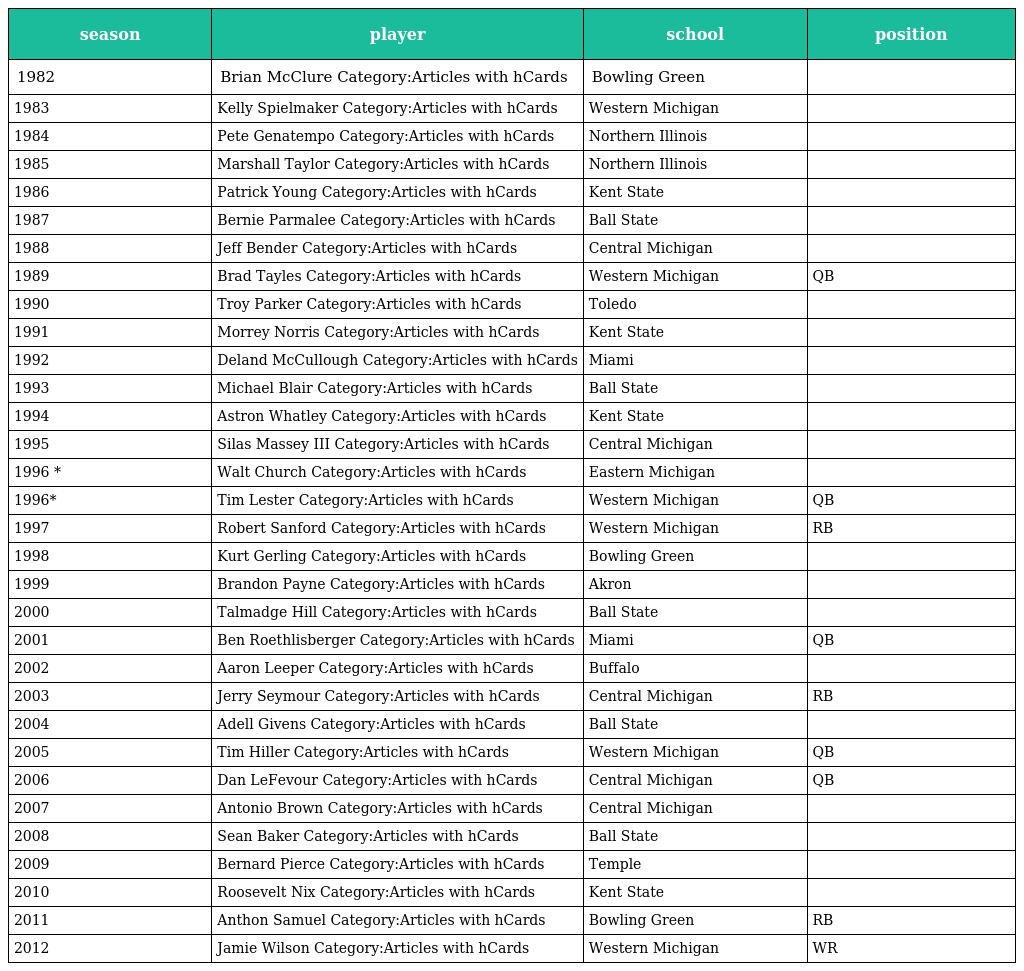
| season | player | school | position |
 | --- | --- | --- | --- |
 | 1982 | Brian McClure Category:Articles with hCards | Bowling Green |  |
 | 1983 | Kelly Spielmaker Category:Articles with hCards | Western Michigan |  |
 | 1984 | Pete Genatempo Category:Articles with hCards | Northern Illinois |  |
 | 1985 | Marshall Taylor Category:Articles with hCards | Northern Illinois |  |
 | 1986 | Patrick Young Category:Articles with hCards | Kent State |  |
 | 1987 | Bernie Parmalee Category:Articles with hCards | Ball State |  |
 | 1988 | Jeff Bender Category:Articles with hCards | Central Michigan |  |
 | 1989 | Brad Tayles Category:Articles with hCards | Western Michigan | QB |
 | 1990 | Troy Parker Category:Articles with hCards | Toledo |  |
 | 1991 | Morrey Norris Category:Articles with hCards | Kent State |  |
 | 1992 | Deland McCullough Category:Articles with hCards | Miami |  |
 | 1993 | Michael Blair Category:Articles with hCards | Ball State |  |
 | 1994 | Astron Whatley Category:Articles with hCards | Kent State |  |
 | 1995 | Silas Massey III Category:Articles with hCards | Central Michigan |  |
 | 1996 * | Walt Church Category:Articles with hCards | Eastern Michigan |  |
 | 1996* | Tim Lester Category:Articles with hCards | Western Michigan | QB |
 | 1997 | Robert Sanford Category:Articles with hCards | Western Michigan | RB |
 | 1998 | Kurt Gerling Category:Articles with hCards | Bowling Green |  |
 | 1999 | Brandon Payne Category:Articles with hCards | Akron |  |
 | 2000 | Talmadge Hill Category:Articles with hCards | Ball State |  |
 | 2001 | Ben Roethlisberger Category:Articles with hCards | Miami | QB |
 | 2002 | Aaron Leeper Category:Articles with hCards | Buffalo |  |
 | 2003 | Jerry Seymour Category:Articles with hCards | Central Michigan | RB |
 | 2004 | Adell Givens Category:Articles with hCards | Ball State |  |
 | 2005 | Tim Hiller Category:Articles with hCards | Western Michigan | QB |
 | 2006 | Dan LeFevour Category:Articles with hCards | Central Michigan | QB |
 | 2007 | Antonio Brown Category:Articles with hCards | Central Michigan |  |
 | 2008 | Sean Baker Category:Articles with hCards | Ball State |  |
 | 2009 | Bernard Pierce Category:Articles with hCards | Temple |  |
 | 2010 | Roosevelt Nix Category:Articles with hCards | Kent State |  |
 | 2011 | Anthon Samuel Category:Articles with hCards | Bowling Green | RB |
 | 2012 | Jamie Wilson Category:Articles with hCards | Western Michigan | WR |